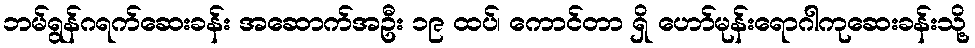
ဘမ်ရွန်ဂရက်ဆေးခန်း အဆောက်အဦး ၁၉ ထပ်၊ ကောင်တာ ရှိ ဟော်မုန်းရောဂါကုဆေးခန်းသို့